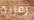
رمزية